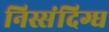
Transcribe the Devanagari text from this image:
निस्संदिग्ध